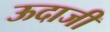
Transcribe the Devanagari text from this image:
ऊदाजी